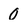
Character: 0